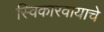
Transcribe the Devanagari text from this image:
स्विकारवायाचे